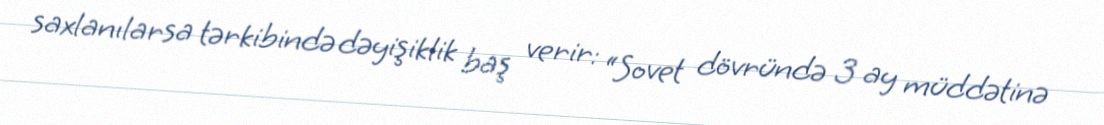
saxlanılarsa tərkibində dəyişiklik baş verir: “Sovet dövründə 3 ay müddətinə